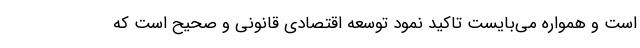
است و همواره می‌بایست تاکید نمود توسعه اقتصادی قانونی و صحیح است که